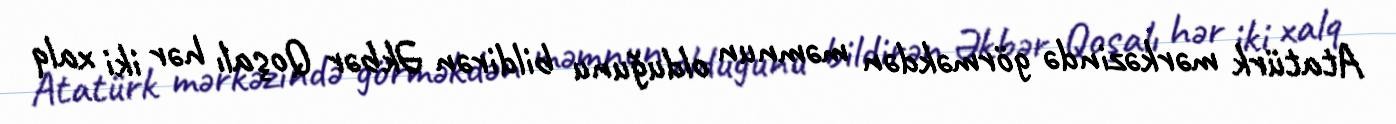
Atatürk mərkəzində görməkdən məmnun olduğunu bildirən Əkbər Qoşalı hər iki xalq